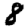
Digit: 8